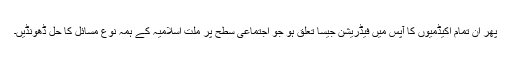
پھر ان تمام اکیڈمیوں کا آپس میں فیڈریشن جیسا تعلق ہو جو اجتماعی سطح پر ملت اسلامیہ کے ہمہ نوع مسائل کا حل ڈھونڈیں۔